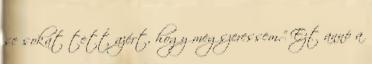
se sokat tett azért, hogy megszeressem." Ezt annó a